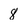
Character: 8